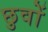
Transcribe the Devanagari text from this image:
छुवों